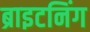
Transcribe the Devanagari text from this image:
ब्राइटनिंग